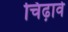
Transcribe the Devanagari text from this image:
चिढ़ावे